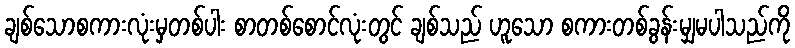
ချစ်သောစကားလုံးမှတစ်ပါး စာတစ်စောင်လုံးတွင် ချစ်သည် ဟူသော စကားတစ်ခွန်းမျှမပါသည်ကို